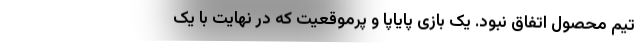
تیم محصول اتفاق نبود. یک بازی پایاپا و پرموقعیت که در نهایت با یک